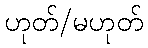
ဟုတ်/မဟုတ်